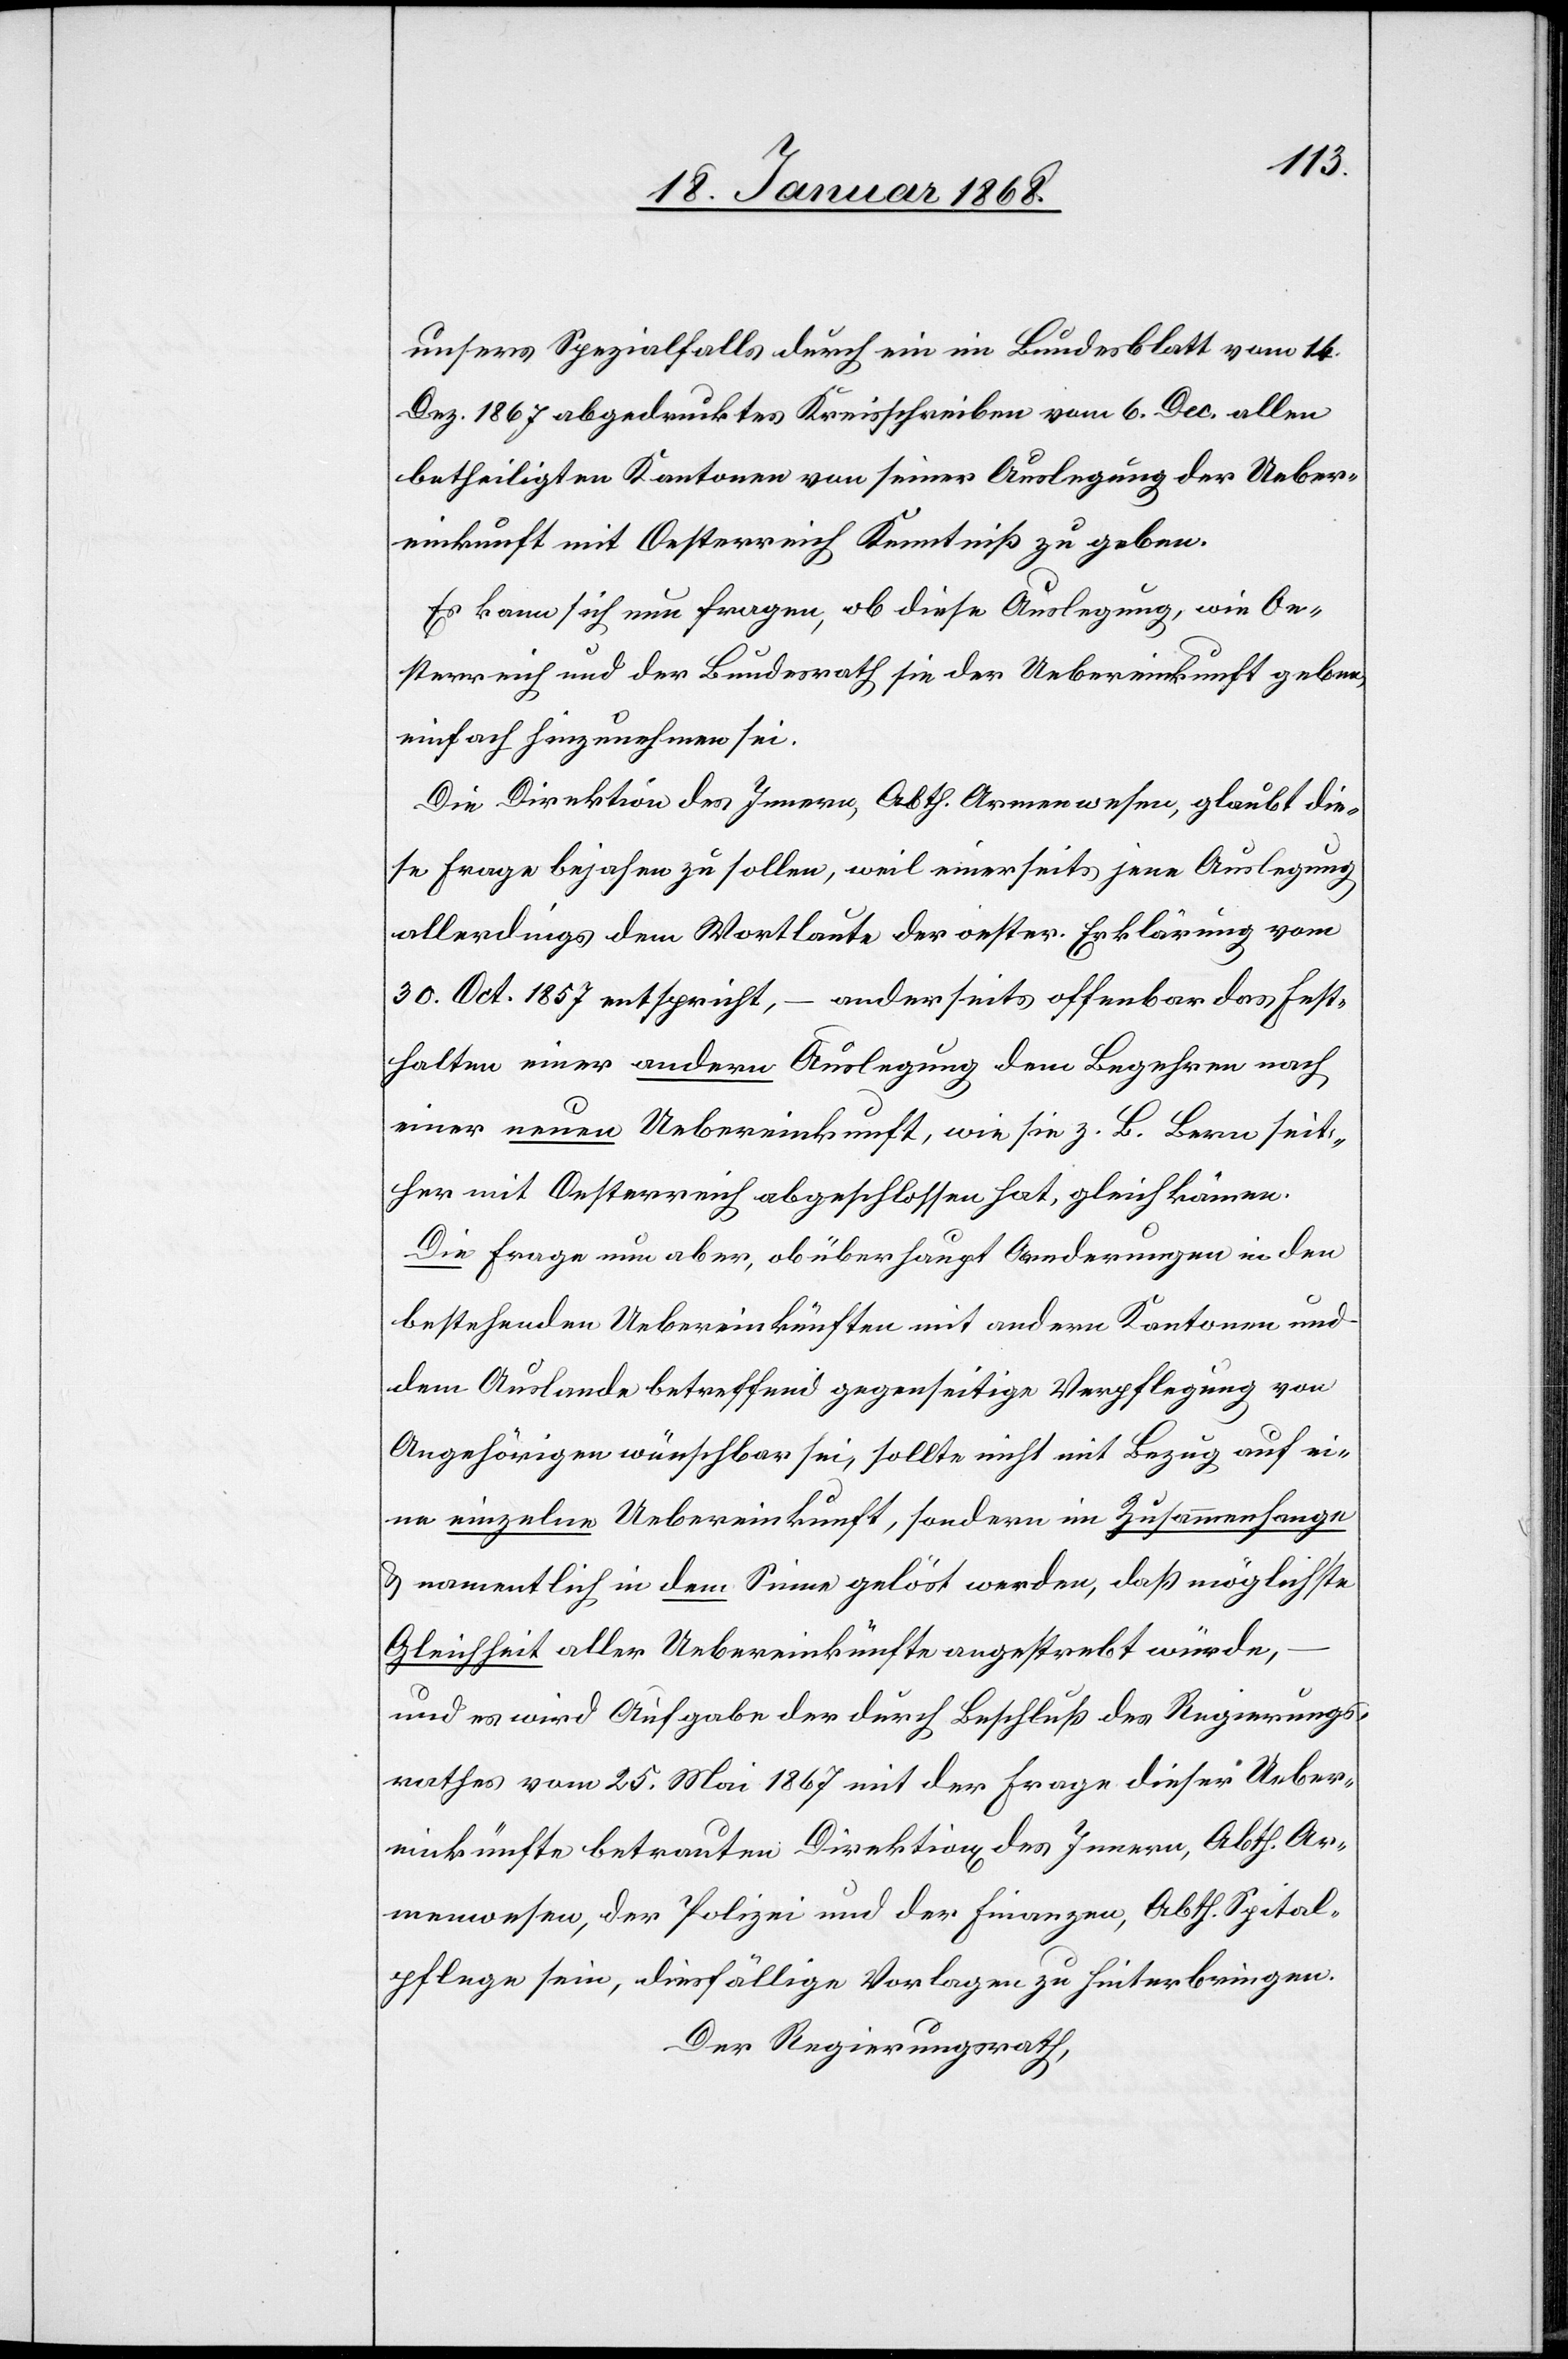
unsers Spezialfalls durch ein im Bundesblatt vom 14.
Dez. 1867 abgedrucktes Kreisschreiben vom 6. Dec. allen
betheiligten Kantonen von seiner Auslegung der Ueber¬
einkunft mit Oesterreich Kenntniß zu geben.
Es kann sich nun fragen, ob diese Auslegung, wie Oe¬
sterreich und der Bundesrath sie der Uebereinkunft geben,
einfach hinzunehmen sei.
Die Direktion des Innern, Abth. Armenwesen, glaubt die¬
se Frage bejahen zu sollen, weil einerseits jene Auslegung
allerdings dem Wortlaute der oester. Erklärung vom
30. Oct. 1857 entspricht, – anderseits offenbar das Fest¬
halten einer andern Auslegung dem Begehren nach
einer neuen Uebereinkunft, wie sie z. B. Bern seit¬
her mit Oesterreich abgeschlossen hat, gleichkämen
Die Frage nun aber, ob überhaupt Aenderungen in den
bestehenden Uebereinkünften mit andern Kantonen und
dem Auslande betreffend gegenseitige Verpflegung von
Angehörigen wünschbar sei, sollte nicht mit Bezug auf ei¬
ne einzelne Uebereinkunft, sondern im Zusammenhange
& namentlich in dem Sinne gelöst werden, daß möglichste
Gleichheit aller Uebereinkünfte angestrebt würde,
und es wird Aufgabe der durch Beschluß des Regierungs¬
rathes vom 25. Mai 1867 mit der Frage dieser Ueber¬
einkünfte betrauten Direktion[en] des Innern, Abth. Ar¬
menwesen, der Polizei und der Finanzen, Abth. Spital¬
pflege sein, diesfällige Vorlagen zu hinterbringen.
Der Regierungsrath,